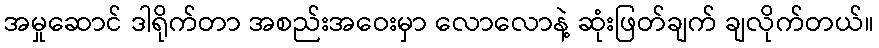
အမှုဆောင် ဒါရိုက်တာ အစည်းအဝေးမှာ လောလောနဲ့ ဆုံးဖြတ်ချက် ချလိုက်တယ်။